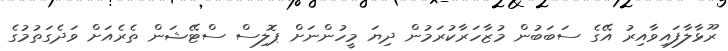
ރޫޅާލާފައިވާއިރު އޭގެ ސަބަބުން މުޒާހަރާކުރަމުން ދިޔަ މީހުންނަށް ޕޮލިސް ސްޓޭޝަން ތެރެއަށް ވަދެގަތުމުގެ